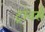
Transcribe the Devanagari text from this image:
ट्रांवर्स